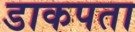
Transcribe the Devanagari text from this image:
डाकपता